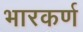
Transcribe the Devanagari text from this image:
भारकर्ण